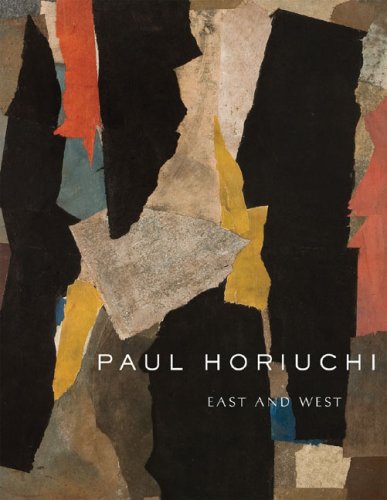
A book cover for Paul Horiuchi: East and West (Samuel and Althea Stroum Book); Barbara Johns; Biographies & Memoirs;